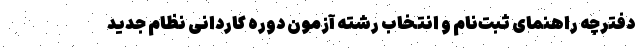
دفترچه راهنمای ثبت‌نام و انتخاب رشته آزمون دوره کاردانی نظام جدید